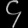
Digit: ၄